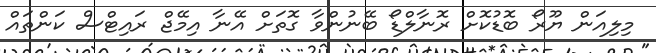
މިލިއަން ޔޫރޯ ބޮޑުކޮށް ރޮނާލްޑޯ ބޭނުންވާ ގޮތަށް އޭނާ އިމޭޖް ރައިޓްސް ކަންތައް